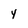
Character: 4